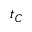
t _ { C }